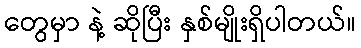
တွေမှာ နဲ့ ဆိုပြီး နှစ်မျိုးရှိပါတယ်။